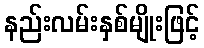
နည်းလမ်းနှစ်မျိုးဖြင့်